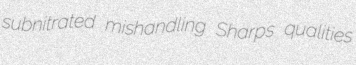
subnitrated mishandling Sharps qualities